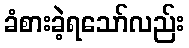
ခံစားခဲ့ရသော်လည်း